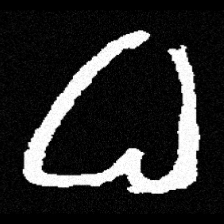
Pyu character \u2014 Myanmar letter: ဓ (romanized: dha)